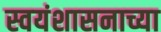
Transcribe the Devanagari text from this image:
स्वयंशासनाच्या